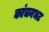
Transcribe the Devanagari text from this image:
कांचनभट